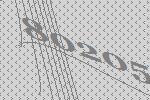
80205